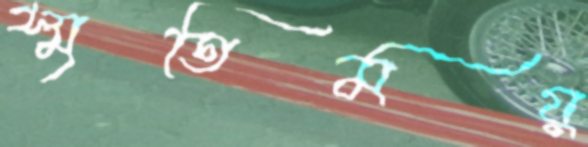
স্মৃতিময়